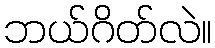
ဘယ်ဂိတ်လဲ။